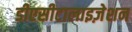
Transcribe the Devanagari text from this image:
डीएसीटालाइज़ेशन